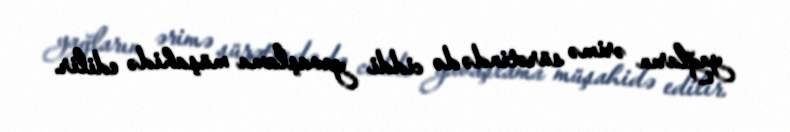
yağların ərimə sürətində də ciddi yavaşlama müşahidə edilir.